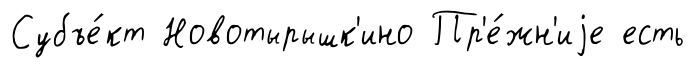
Субъе́кт Новотырышк'ино Пр'е́жн'иjе есть